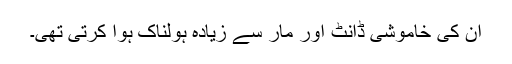
ان کی خاموشی ڈانٹ اور مار سے زیادہ ہولناک ہوا کرتی تھی۔